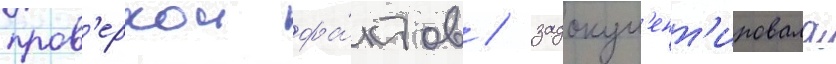
пров'еркои фа́ктов / задокум'ент'ировала